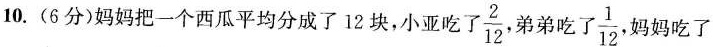
10.(6分)妈妈把一个西瓜平均分成了12块，小亚吃了\frac{2}{12}，弟弟吃了\frac{1}{12}，妈妈吃了